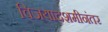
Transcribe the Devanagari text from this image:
विजयादशमीनंतर